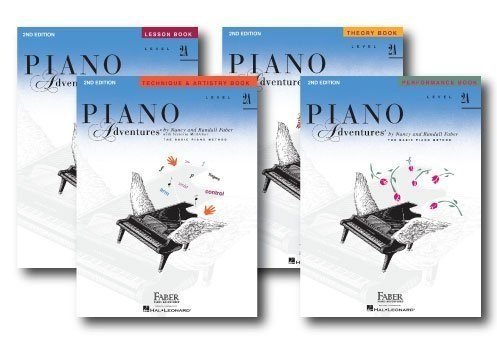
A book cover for Faber Piano Adventures Level 2A Learning Library Pack Four Book Set - Lesson, Theory, Performance, and Technique & Artistry Books; Arts & Photography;